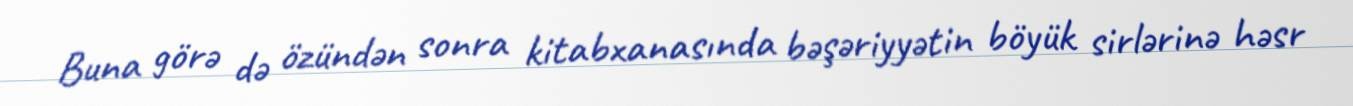
Buna görə də özündən sonra kitabxanasında bəşəriyyətin böyük sirlərinə həsr